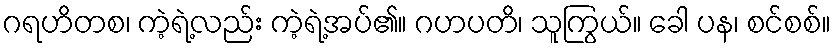
ဂရဟိတစ၊ ကဲ့ရဲ့လည်း ကဲ့ရဲ့အပ်၏။ ဂဟပတိ၊ သူကြွယ်။ ခေါ ပန၊ စင်စစ်။